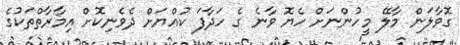
ގޮވާލަން މާލޭ މީހުންނަށް ހެޔޮ ވާނެ ގެ ހަދާފަ ކުއްޔަށް ދެވެނިކޮށް އިމާރާތްތަކުގެ